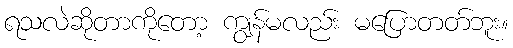
ရသလဲဆိုတာကိုတော့ ကျွန်မလည်း မပြောတတ်ဘူး။